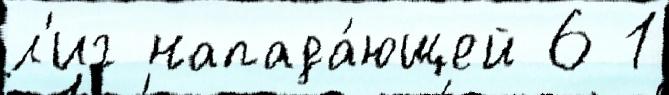
л'иг напада́ющей 6 1